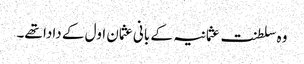
وہ سلطنت عثمانیہ کے بانی عثمان اول کے دادا تھے۔